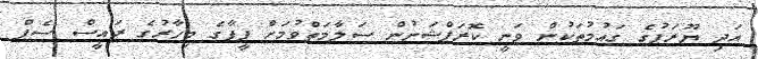
އަދި ޔޫރަޕުގެ ގައުމުތަކުން ވަނީ ކޮރަޕްޝަނުން ސަލާމަތްވުމަށް ފީފާގެ މިހާރުގެ ރައީސް ސެޕް